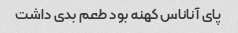
پای آناناس کهنه بود طعم بدی داشت